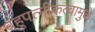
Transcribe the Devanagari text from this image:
बहुपत्‍नीकत्वामुळे